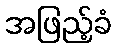
အဖြည့်ခံ